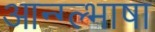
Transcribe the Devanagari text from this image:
आन्ग्ल्भाषा